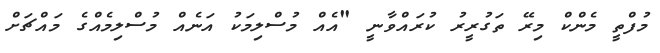
މުފްތީ މެންކް މިރޭ ތަގުރީރު ކުުރައްވާނީ "އެއް މުސްލިމަކު އަނެއް މުސްލިމެއްގެ މައްޗަށް